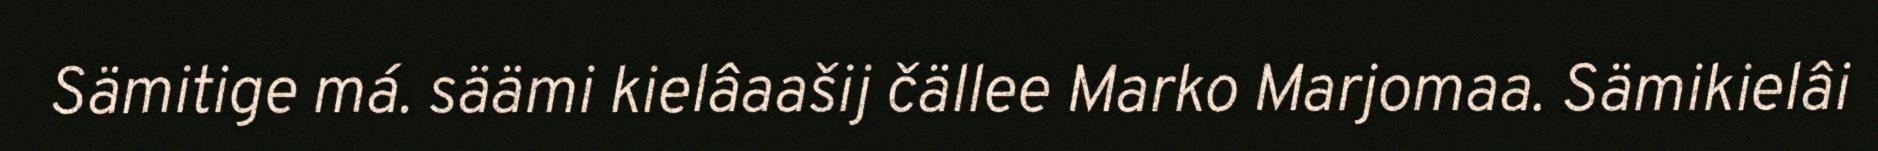
Sämitige má. säämi kielâaašij čällee Marko Marjomaa. Sämikielâi